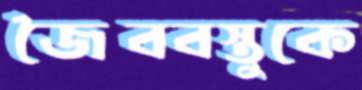
জৈববস্তুকে